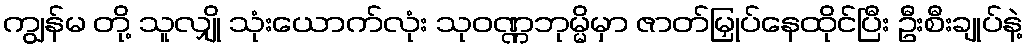
ကျွန်မ တို့ သူလျှို သုံးယောက်လုံး သုဝဏ္ဏဘုမ္မိမှာ ဇာတ်မြှုပ်နေထိုင်ပြီး ဦးစီးချုပ်နဲ့